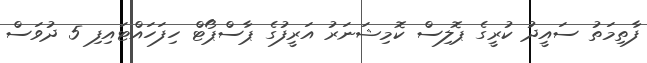
ފާތިމަތު ސައީދު ކުރީގެ ޕޮލިސް ކޮމިޝަނަރު އަރީފުގެ ޕާސްޕޯޓް ހިފަހައްޓައިފި 5 ދުވަސް